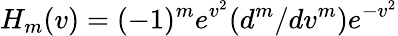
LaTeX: H_{m}(v)=(-1)^{m}e^{v^{2}}(d^{m}/dv^{m})e^{-v^{2}}